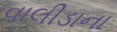
વાલીડાના